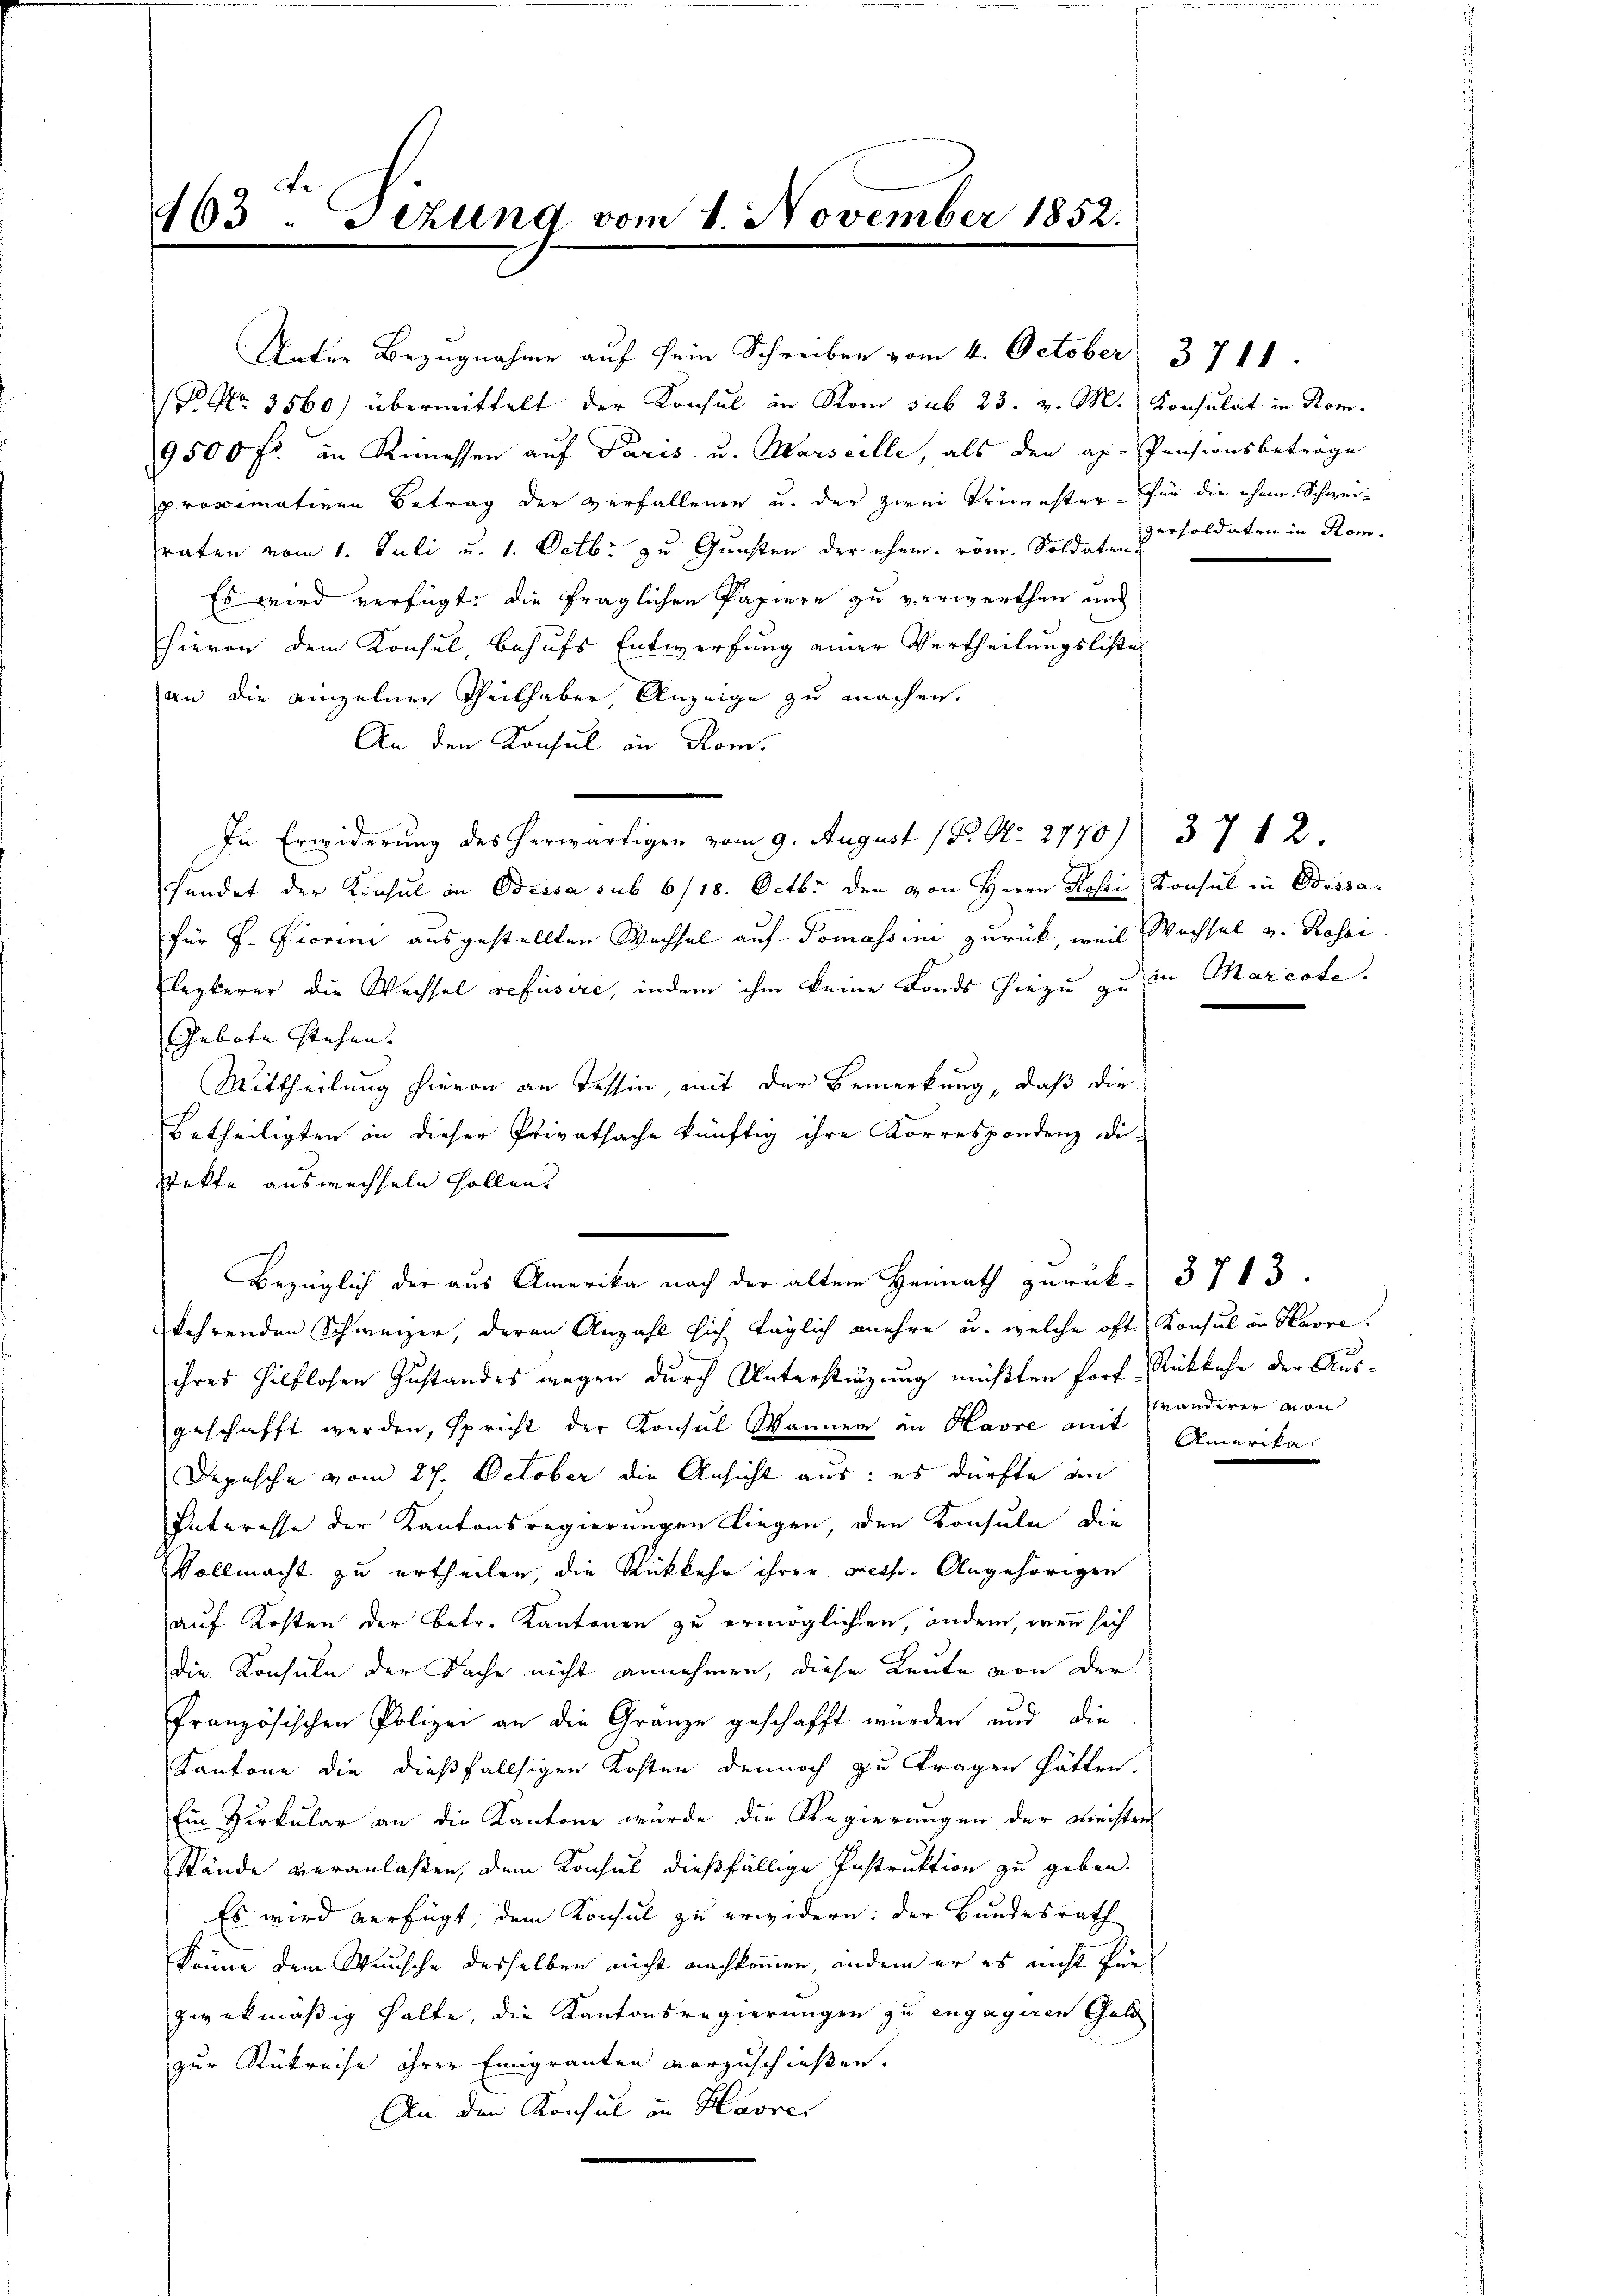
463 - Sezung vom 1. November 1852.

(P. Nr. 3560) übermittelt der Konsul in Rom sub 23. v. M. Konsulat in Kom¬
9500 Fr. in Kimessen auf Paris u. Marseille, als den ap. Pensionsbeträge
proximativen Betrag der verfallende u. der zwei Trimester für die ehem Schweiraten vom 1. Juli u. 1. Octbr zu Gunsten der ehem. röm. Soldaten Persoldaten in Rom-
Es wird verfügt: die fraglichen Papiere zu verwerthen und
hievon dem Konsul, behufs Entwerfung einer Vertheilungslister
an die einzelnen Theilhaber, Anzeige zu machen.
An den Konsul in Rom.
In Erwiderung des herwärtigen vom 9. August (P. Nr. 2770) 37 12.
fundet der Kinsul in Bessa sub 6/18. Octb. den von Herrn Rosi Konsul in Bessa.
für J. Fiorini ausgestellten Wachsel auf Tomassen zurück, weil Wechsel v. Rossi
lezterer die Wechsel refüsire, indem ihm keine Fonds hiezu zu in Marcote.
Gebote stehen. |
Mittheilung hievon an Tessin, mit der Bemerkung, daß die
betheiligten in dieser Privatsache künftig ihre Korrespondenz Di-
Takte auswechseln hollen.
Bezüglich der aus Amerika nach der alten Heimath zurück-3713.
kehrenden Schweizer, deren Anzahl sich täglich mehre u. welche ofte Konsul in Havre.
ihres hilflosen Zustandes wegen durch Unterstüzung müßten fort Rückkehr der Ausgeschafft werden, spricht der Konsŭl Wanner in Havre amt Amerika
Depesche vom 27. October die Ansicht aus: es dürfte an
Interesse der Kantonsregierungen liegen, den Konsuln die
Vollmacht zu ertheilen, die Rückkehr ihrer Freihe. Angehörigen
auf Kosten der betr. Kantonen zu ermöglichen, andern, wenn sich
die Konsuln der Sache nicht annehmen, diese Leute von der
französischen Polizei an die Gränze geschafft würden und die
Kantone die dießfallsigen Kosten dennoch zu tragen hätten.
Ein Herkular an die Kantone würde die Regierungen der Meister
stände veranlaßen, dem Konsul dießfällige Instruktion zu geben.
Es wird verfügt, dem Konsul zu erwidern: der Bundesrath
könne dem Wunsche desselben nicht nachkommen, andern er es nicht für
zwekmäßig halte, die Kantonsregierungen zu engageren Geld
zur Rükreise ihrer Emigranten vorzuschießen.
An den Konsul in Havre

Unter Bezugnahme auf sein Schreiben vom 4. October 3711.

tr anderer von

n